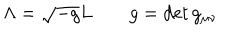
\Lambda = \sqrt { - g } L \qquad g = \det g _ { \mu \nu }